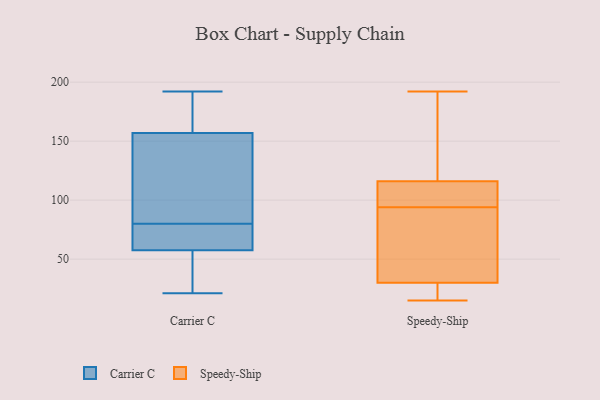
{"axis": {"x": "Churn Rate (%)", "y": "Value"}, "legend": ["Carrier C", "Speedy-Ship"], "data": [{"x": "", "y": 116, "type": "Carrier C"}, {"x": "", "y": 192, "type": "Carrier C"}, {"x": "", "y": 155, "type": "Carrier C"}, {"x": "", "y": 44, "type": "Carrier C"}, {"x": "", "y": 165, "type": "Carrier C"}, {"x": "", "y": 21, "type": "Carrier C"}, {"x": "", "y": 87, "type": "Carrier C"}, {"x": "", "y": 159, "type": "Carrier C"}, {"x": "", "y": 52, "type": "Carrier C"}, {"x": "", "y": 63, "type": "Carrier C"}, {"x": "", "y": 63, "type": "Carrier C"}, {"x": "", "y": 73, "type": "Carrier C"}, {"x": "", "y": 86, "type": "Speedy-Ship"}, {"x": "", "y": 74, "type": "Speedy-Ship"}, {"x": "", "y": 100, "type": "Speedy-Ship"}, {"x": "", "y": 99, "type": "Speedy-Ship"}, {"x": "", "y": 192, "type": "Speedy-Ship"}, {"x": "", "y": 167, "type": "Speedy-Ship"}, {"x": "", "y": 26, "type": "Speedy-Ship"}, {"x": "", "y": 42, "type": "Speedy-Ship"}, {"x": "", "y": 23, "type": "Speedy-Ship"}, {"x": "", "y": 121, "type": "Speedy-Ship"}, {"x": "", "y": 98, "type": "Speedy-Ship"}, {"x": "", "y": 179, "type": "Speedy-Ship"}, {"x": "", "y": 24, "type": "Speedy-Ship"}, {"x": "", "y": 94, "type": "Speedy-Ship"}, {"x": "", "y": 142, "type": "Speedy-Ship"}, {"x": "", "y": 22, "type": "Speedy-Ship"}, {"x": "", "y": 101, "type": "Speedy-Ship"}, {"x": "", "y": 15, "type": "Speedy-Ship"}, {"x": "", "y": 78, "type": "Speedy-Ship"}]}